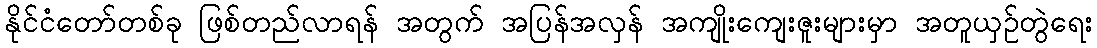
နိုင်ငံတော်တစ်ခု ဖြစ်တည်လာရန် အတွက် အပြန်အလှန် အကျိုးကျေးဇူးများမှာ အတူယှဉ်တွဲရေး